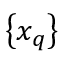
\left\{ x _ { q } \right\}